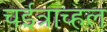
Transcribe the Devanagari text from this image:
चईत्राच्हल